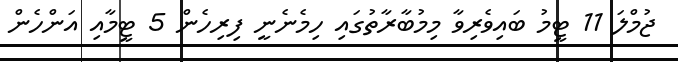
ޖުމްލަ 11 ޓީމު ބައިވެރިވާ މިމުބާރާތުގައި ހިމެނެނީ ފިރިހެން 5 ޓީމާއި އަންހެން